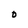
Character: D